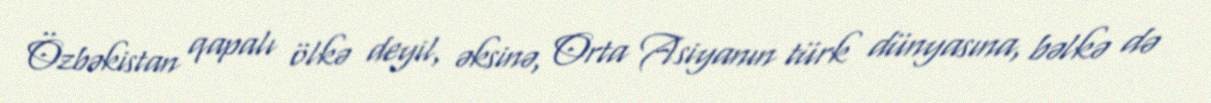
Özbəkistan qapalı ölkə deyil, əksinə, Orta Asiyanın türk dünyasına, bəlkə də